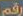
رقم